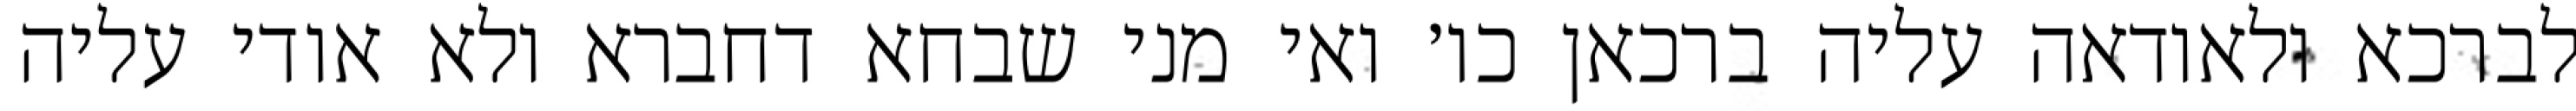
לברכא ולאודאה עליה ברכאן כו׳ ואי מני שבחא דחברא ולא אודי עליה